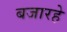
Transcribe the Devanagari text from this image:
बजारहे